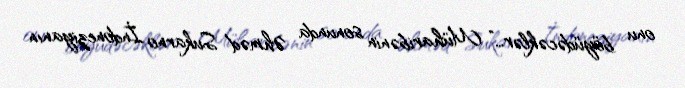
onu böyüdəcəklər...” Müharibənin sonunda Əhməd Sukarno İndoneziyanın